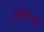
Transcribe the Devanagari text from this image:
हरिकेनचे